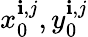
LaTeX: x_{0}^{\mathbf{i},j},y_{0}^{\mathbf{i},j}